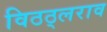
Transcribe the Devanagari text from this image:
विठठ्लराव